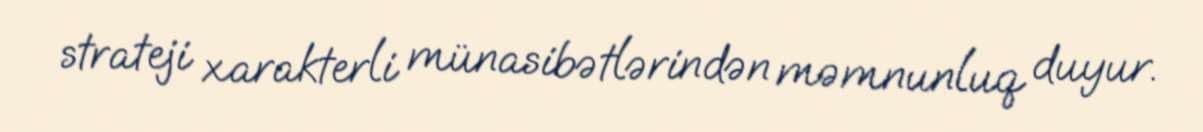
strateji xarakterli münasibətlərindən məmnunluq duyur.